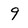
Character: 9